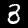
Label: 3